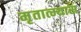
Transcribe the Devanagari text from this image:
मृतात्म्यास